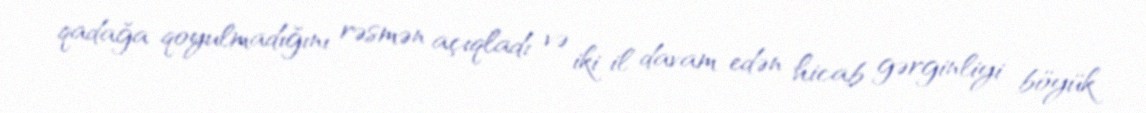
qadağa qoyulmadığını rəsmən açıqladı və iki il davam edən hicab gərginliyi böyük